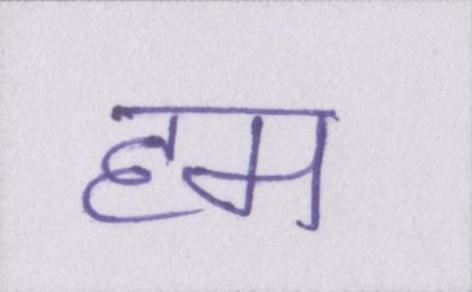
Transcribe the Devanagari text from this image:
हम